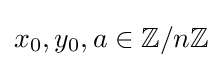
x_{0},y_{0},a\in \mathbb {Z} /n\mathbb {Z}